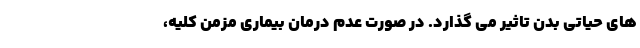
های حیاتی بدن تاثیر می گذارد. در صورت عدم درمان بیماری مزمن کلیه،